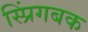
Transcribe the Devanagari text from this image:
स्प्रिंगबक